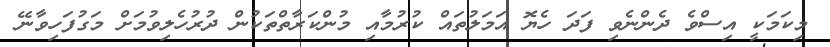
މިކަމަކީ އިސްވެ ދެންނެވި ފަދަ ހެޔޮ އަމަލުތައް ކުރުމާއި މުންކަރާތްތަކުން ދުރުހެލިވުމަށް މަގުފަހިވާނޭ